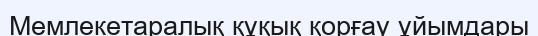
Мемлекетаралық құқық қорғау ұйымдары